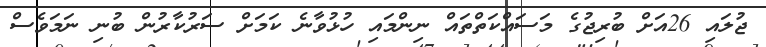
ޖުލައި 26އަށް ބުރިޖުގެ މަސައްކަތްތައް ނިންމައި ހުޅުވާނެ ކަމަށް ސަރުކާރުން ބުނި ނަމަވެސް